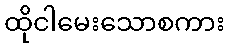
ထိုငါမေးသောစကား